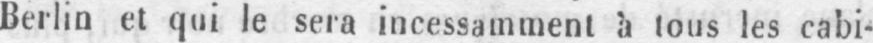
Berlin et qui le sera incessamment à tous les cabi-